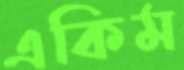
একিম